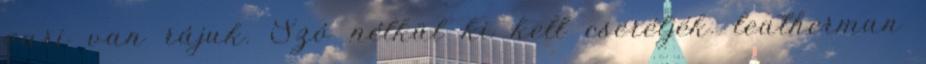
gari van rájuk. Szó nélkül ki kell cseréljék. leatherman